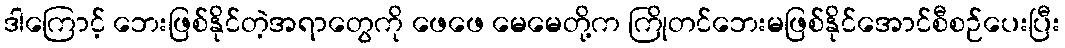
ဒါကြောင့် ဘေးဖြစ်နိုင်တဲ့အရာတွေကို ဖေဖေ မေမေတို့က ကြိုတင်ဘေးမဖြစ်နိုင်အောင်စီစဉ်ပေးပြီး